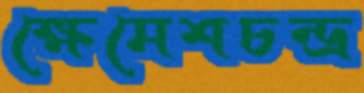
ক্ষেমেশচন্দ্র